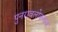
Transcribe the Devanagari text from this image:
पुनरावलोकनात